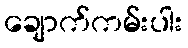
ချောက်ကမ်းပါး